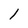
Character: l